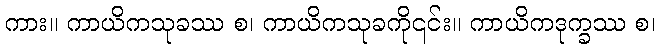
ကား။ ကာယိကသုခဿ စ၊ ကာယိကသုခကို၎င်း။ ကာယိကဒုက္ခဿ စ၊